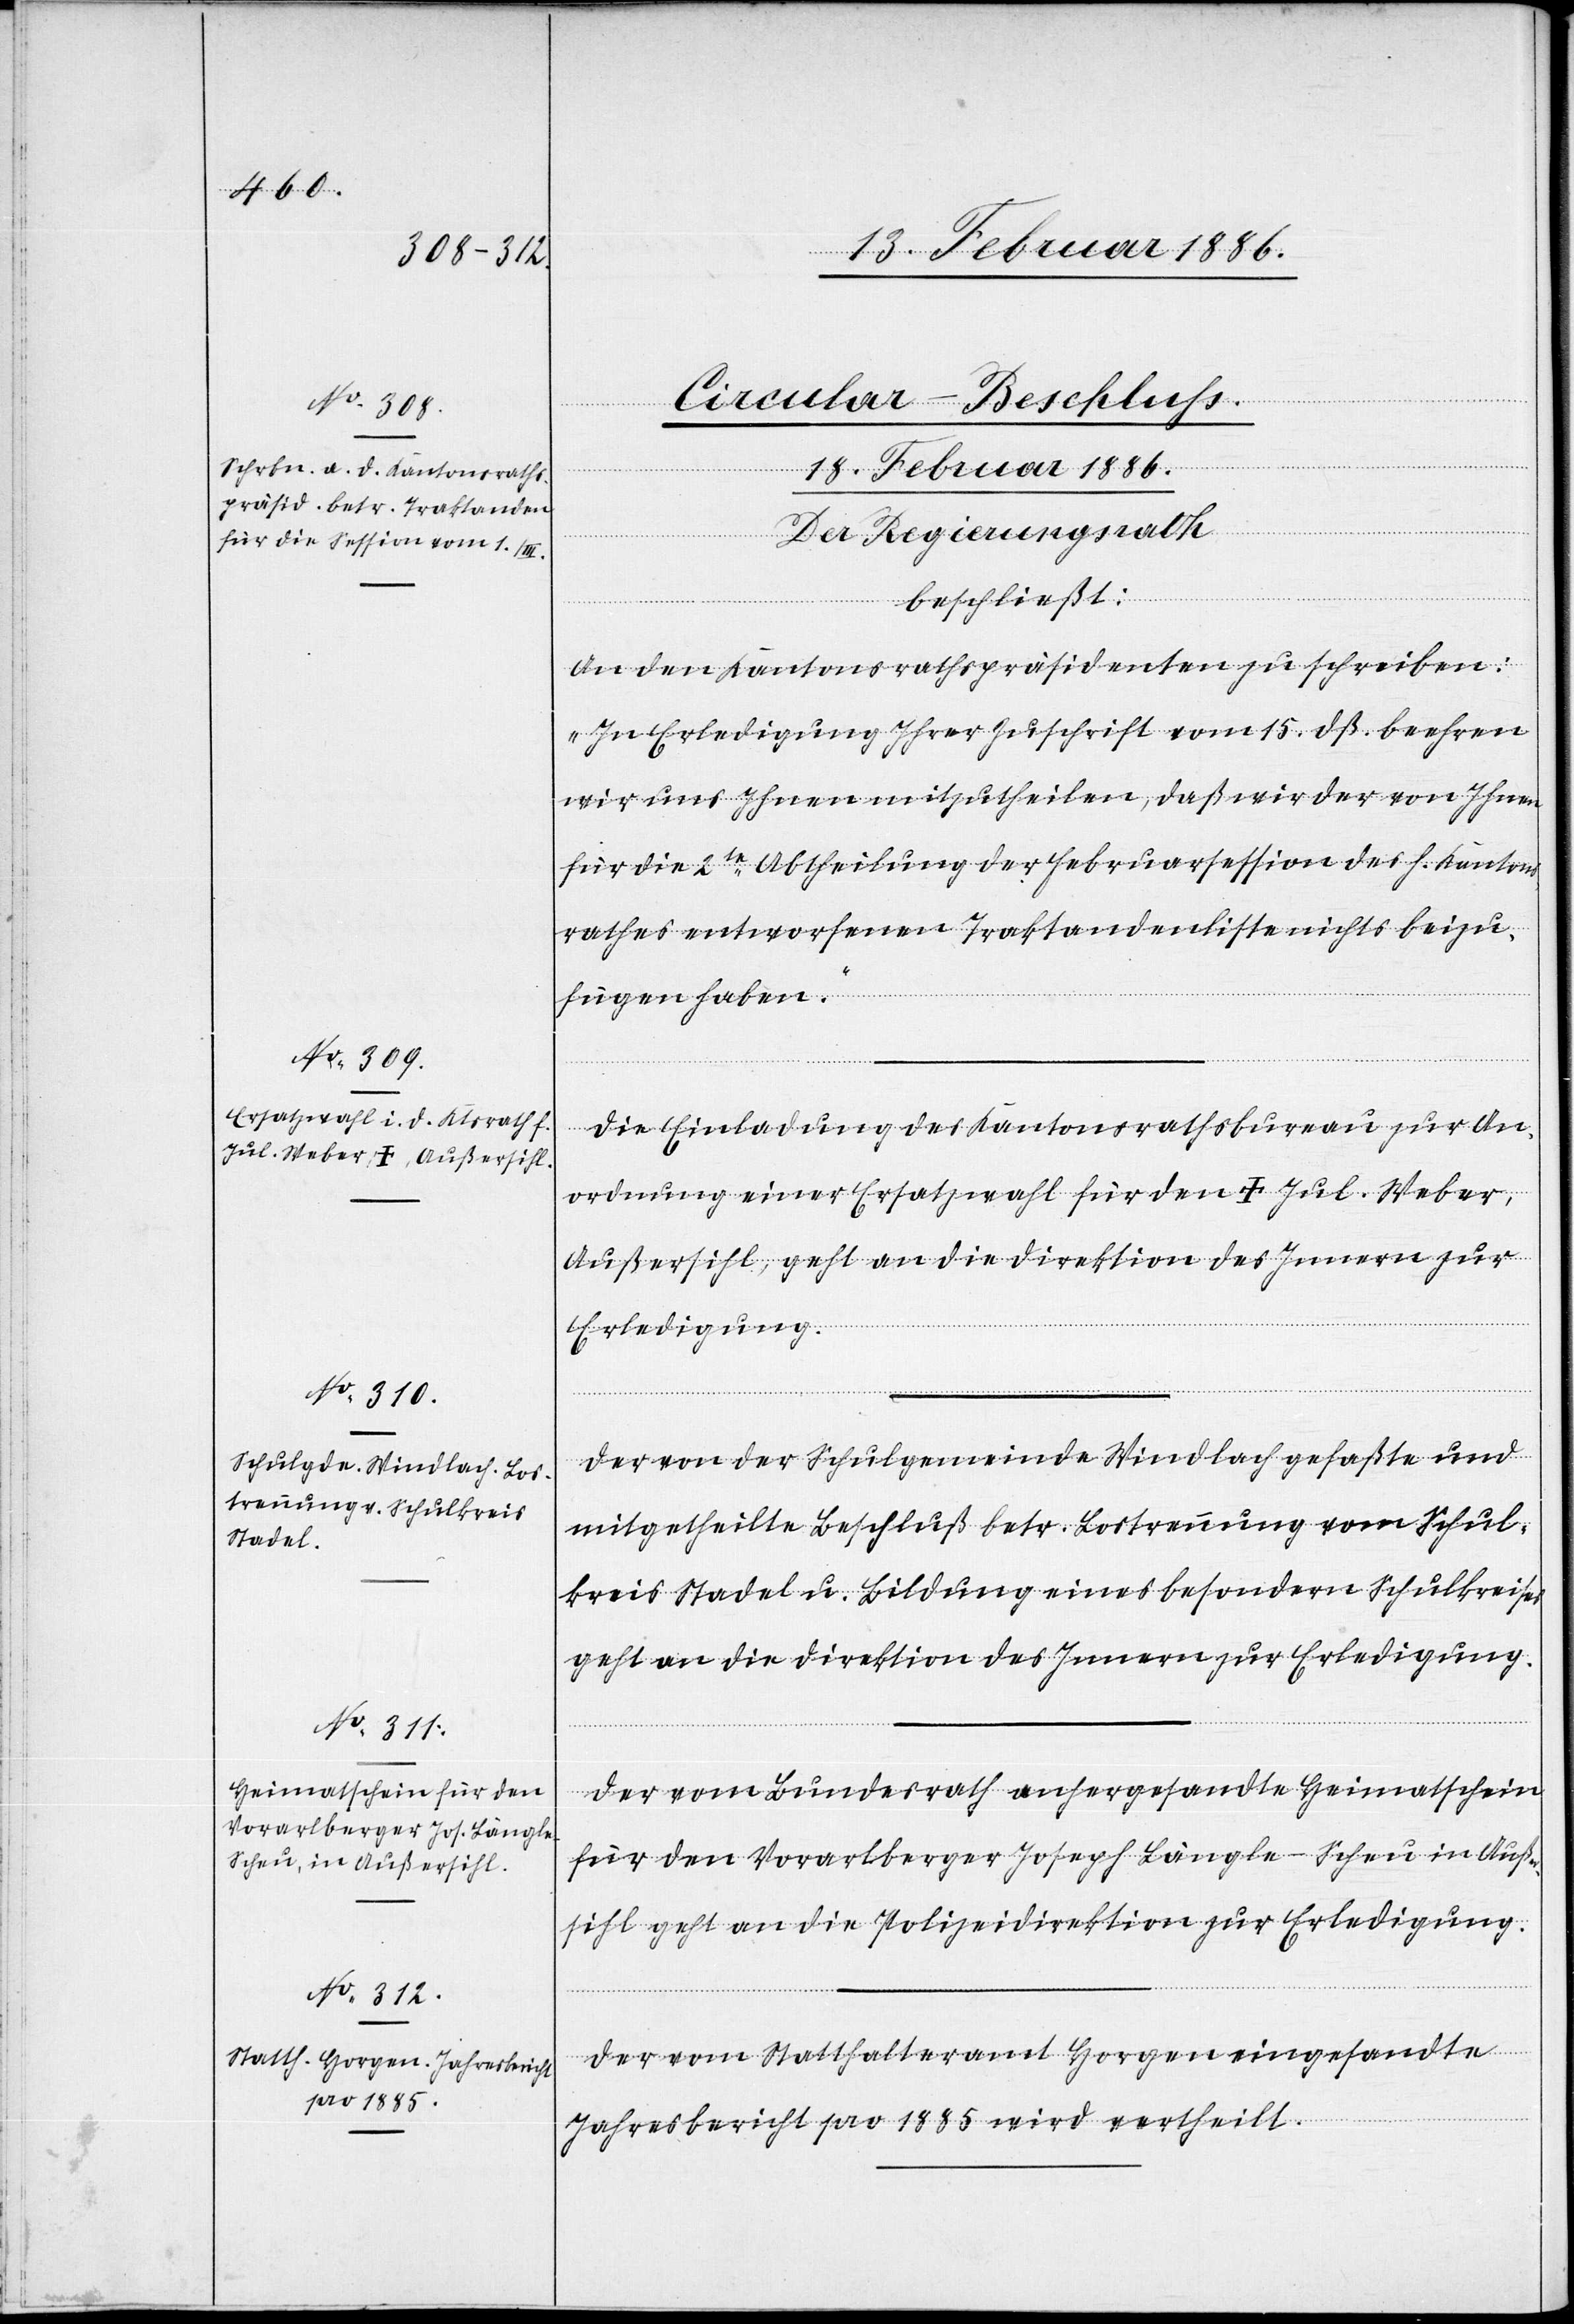
18. Februar 1886.]
[Circular-Beschluss.
18. Februar 1886.
Der Regierungsrath,
beschließt:
An den Kantonsrathspräsidenten zu schreiben:
„In Erledigung Ihrer Zuschrift vom 15. dß. beehren
wir uns Ihnen mitzutheilen, daß wir der von Ihnen
für die 2te Abtheilung der Februarsession des h. Kantons¬
rathes entworfenen Traktandenliste nichts beizu¬
fügen haben.“
Die Einladung des Kantonsrathsbureau zur An¬
ordnung einer Ersatzwahl für den † Juli. Weber,
Außersihl, geht an die Direktion des Innern zur
Erledigung.
Der von der Schulgemeinde Windlach gefaßte und
mitgetheilte Beschluß betr. Lostrennung vom Schul¬
kreis Stadel u. Bildung eines besondern Schulkreises
geht an die Direktion des Innern zu Erledigung.
Der vom Bundesrath anhergesandte Heimatschein
für den Vorarlberger Joseph Längle-Scheu in Außer¬
sihl geht an die Polizeidirektion zur Erledigung.
Der vom Statthalteramt Horgen einhergesandte
Jahresbericht pro 1885 wird vertheilt.